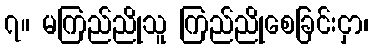
၇။ မကြည်ညိုသူ ကြည်ညိုစေခြင်းငှာ၊